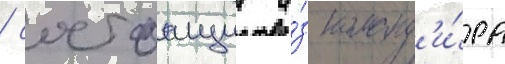
/ состоащии и́з команд'и́ра